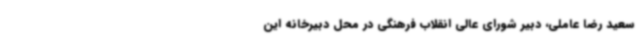
سعید رضا عاملی، دبیر شورای عالی انقلاب فرهنگی در محل دبیرخانه این